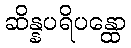
ဆိန္နပရိပန္ထော